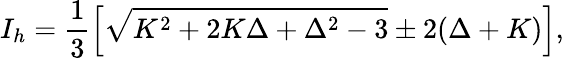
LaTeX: I_{h}=\frac{1}{3}\left[\sqrt{K^{2}+2K\Delta+{{\Delta}^{2}}-3}\pm 2(\Delta+K)\right],